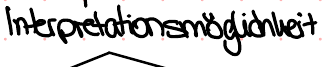
Interpretationsmöglichkeit